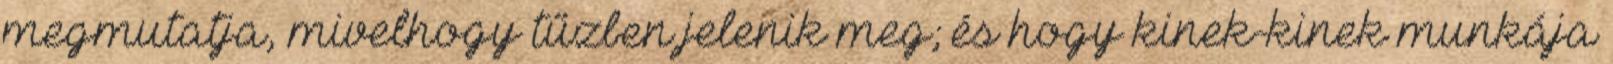
megmutatja, mivelhogy tűzben jelenik meg; és hogy kinek-kinek munkája